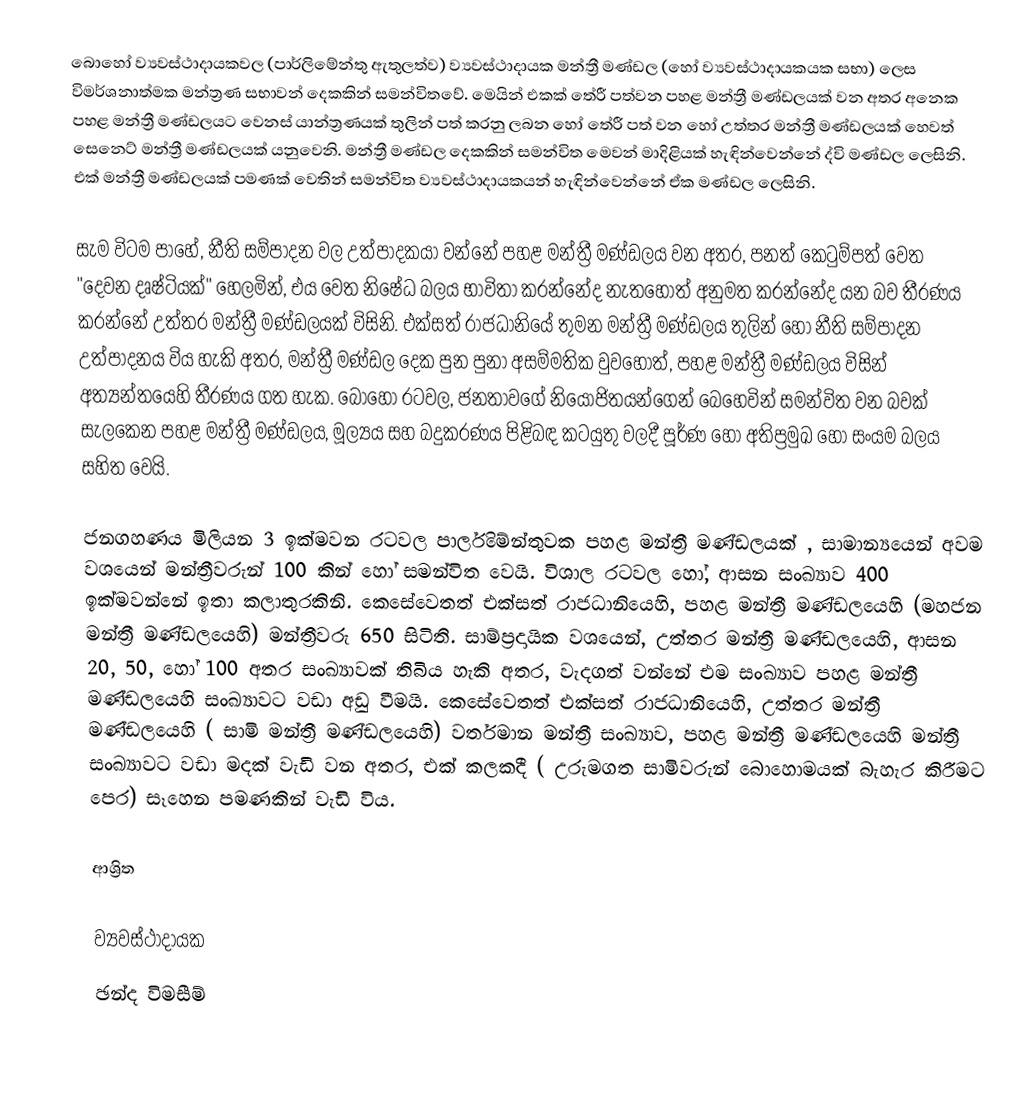
බොහෝ ව්‍යවස්ථාදායකවල (පාර්ලිමේන්තු ඇතුලත්ව)  ව්‍යවස්ථාදායක  මන්ත්‍රී මණ්ඩල  (හෝ ව්‍යවස්ථාදායකයක සභා) ලෙස  විමර්ශනාත්මක මන්ත්‍රණ සභාවන් දෙකකින් සමන්විතවේ. මෙයින් එකක් තේරී පත්වන පහළ මන්ත්‍රී මණ්ඩලයක් වන අතර අනෙක පහළ මන්ත්‍රී මණ්ඩලයට වෙනස් යාන්ත්‍රණයක් තුලින් පත් කරනු ලබන හෝ තේරී පත් වන හෝ උත්තර මන්ත්‍රී මණ්ඩලයක් හෙවත්  සෙනෙට් මන්ත්‍රී මණ්ඩලයක් යනුවෙනි. මන්ත්‍රී මණ්ඩල දෙකකින් සමන්විත මෙවන් මාදිළියක් හැඳින්වෙන්නේ ද්වි මණ්ඩල ලෙසිනි. එක් මන්ත්‍රී මණ්ඩලයක් පමණක් වෙතින් සමන්විත ව්‍යවස්ථාදායකයන් හැඳින්වෙන්නේ ඒක මණ්ඩල ලෙසිනි.

සැම විටම පාහේ, නීති සම්පාදන වල උත්පාදකයා වන්නේ පහළ මන්ත්‍රී මණ්ඩලය වන අතර,  පනත් කෙටුම්පත් වෙත "දෙවන දෘෂ්ටියක්" හෙලමින්, එය වෙත නිෂේධ බලය භාවිතා කරන්නේද නැතහොත් අනුමත කරන්නේද යන බව තීරණය කරන්නේ උත්තර මන්ත්‍රී මණ්ඩලයක් විසිනි. එක්සත් රාජධානියේ තුමන මන්ත්‍රී මණ්ඩලය තුලින් හෝ  නීති සම්පාදන උත්පාදනය විය හැකි අතර, මන්ත්‍රී මණ්ඩල දෙක පුන පුනා අසම්මතික වුවහොත්, පහළ මන්ත්‍රී මණ්ඩලය විසින් අත්‍යන්තයෙහි තීරණය ගත හැක. බොහෝ රටවල, ජනතාවගේ නියෝජිතයන්ගෙන් බෙහෙවින් සමන්විත වන බවක් සැලකෙන පහළ මන්ත්‍රී මණ්ඩලය,  මූල්‍යය සහ බදුකරණය පිළිබඳ කටයුතු වලදී පූර්ණ හෝ අතිප්‍රමුඛ හෝ සංයම බලය සහිත වෙයි.

ජනගහණය මිලියන 3 ඉක්මවන රටවල පාර්ලිමේන්තුවක පහළ මන්ත්‍රී මණ්ඩලයක් , සාමාන්‍යයෙන් අවම වශයෙන්  මන්ත්‍රීවරුන් 100 කින් හෝ සමන්විත වෙයි. විශාල රටවල හෝ,  ආසන සංඛ්‍යාව 400 ඉක්මවන්නේ ඉතා කලාතුරකිනි. කෙසේවෙතත් එක්සත් රාජධානියෙහි, පහළ මන්ත්‍රී මණ්ඩලයෙහි (මහජන මන්ත්‍රී මණ්ඩලයෙහි) මන්ත්‍රීවරු 650 සිටිති. සාම්ප්‍රදායික වශයෙන්, උත්තර මන්ත්‍රී මණ්ඩලයෙහි, ආසන  20, 50, හෝ 100 අතර සංඛ්‍යාවක් තිබිය හැකි අතර, වැදගත් වන්නේ එම සංඛ්‍යාව පහළ මන්ත්‍රී මණ්ඩලයෙහි සංඛ්‍යාවට වඩා අඩු වීමයි. කෙසේවෙතත් එක්සත් රාජධානියෙහි, උත්තර මන්ත්‍රී මණ්ඩලයෙහි ( සාමි මන්ත්‍රී මණ්ඩලයෙහි) වර්තමාන මන්ත්‍රී සංඛ්‍යාව, පහළ මන්ත්‍රී මණ්ඩලයෙහි මන්ත්‍රී සංඛ්‍යාවට වඩා මදක් වැඩි වන අතර, එක් කලකදී ( උරුමගත සාමිවරුන් බොහොමයක් බැහැර කිරීමට පෙර) සෑහෙන පමණකින් වැඩි විය.

ආශ්‍රිත

ව්‍යවස්ථාදායක
ඡන්ද විමසීම්